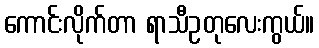
ကောင်းလိုက်တာ ရာသီဥတုလေးကွယ်။